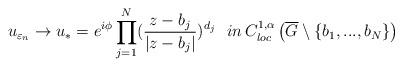
LaTeX: \begin{align*}u_{\varepsilon_{n}}\rightarrow u_{*}=e^{i\phi}\prod_{j=1}^{N} ( \dfrac{z-b_{j}}{|z-b_{j}|} )^{d_j}\,\,\,\,in\, C^{1,\alpha}_{loc}\left(\overline{G}\setminus \left\lbrace b_{1},...,b_{N}\right\rbrace\right)\end{align*}